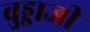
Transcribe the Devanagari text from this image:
बुड्डाजी